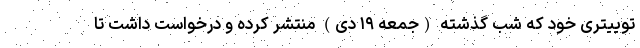
توییتری خود که شب گذشته (جمعه ۱۹ دی) منتشر کرده و درخواست داشت تا